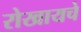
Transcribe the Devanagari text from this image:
रोखायचे